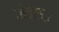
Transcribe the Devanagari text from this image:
नेता५३